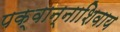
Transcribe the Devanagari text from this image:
पक्वान्नाशिवाय